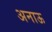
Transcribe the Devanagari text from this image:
अनाऊ